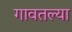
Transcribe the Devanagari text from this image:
गावतल्या